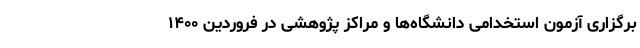
برگزاری آزمون استخدامی دانشگاه‌ها و مراکز پژوهشی در فروردین ۱۴۰۰